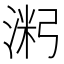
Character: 𱧝